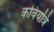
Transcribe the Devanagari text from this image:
कवियत्रि